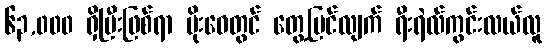
၆၃,၀၀၀ ရှိပြီးဖြစ်ရာ မိုးဝေတွင် တွေ့မြင်လျက် ရီးရဲလ်ကွင်းလယ်လူ